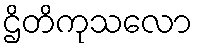
ဌိတိကုသလော